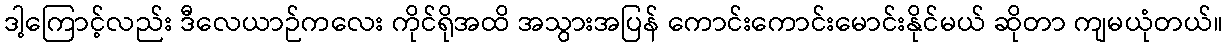
ဒါ့ကြောင့်လည်း ဒီလေယာဉ်ကလေး ကိုင်ရိုအထိ အသွားအပြန် ကောင်းကောင်းမောင်းနိုင်မယ် ဆိုတာ ကျမယုံတယ်။